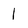
Character: 1